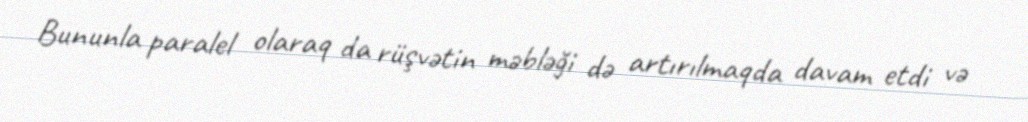
Bununla paralel olaraq da rüşvətin məbləği də artırılmaqda davam etdi və